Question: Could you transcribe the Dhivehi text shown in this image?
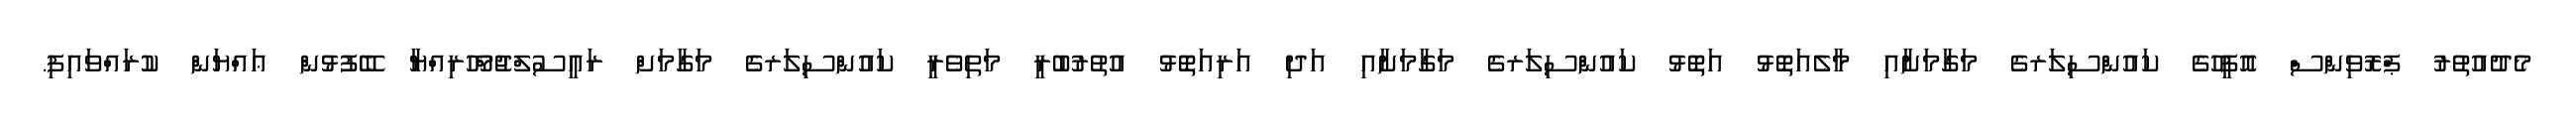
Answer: މެދުއުތުރު ޕްރޮވިންސް އޮފީހުގެ ކައުންސިލަރގެ މަގާމަށާއި މާލެއަތޮޅު އަތޮޅު ކައުންސިލަރގެ މަގާމަށާއި އަދި އަރިއަތޮޅު އުތުރުބުރީ މަތިވެރީ ކައުންސިލަރގެ މަގާމަށް ރައީސުލްޖުމްހޫރިއްޔާ ބޭފުޅުން ޢައްޔަން ކުރައްވައިފި.